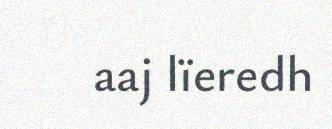
aaj lïeredh